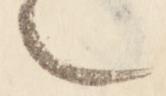
也